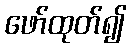
ဖော်ထုတ်၍